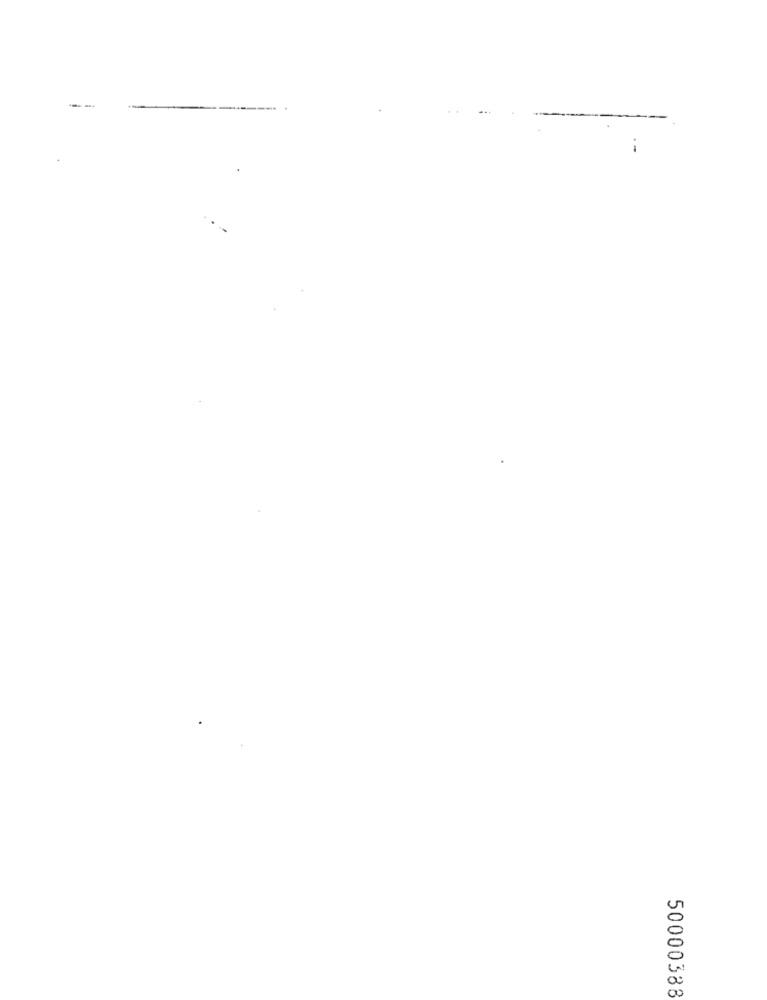
50000388